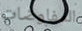
المفاوضات